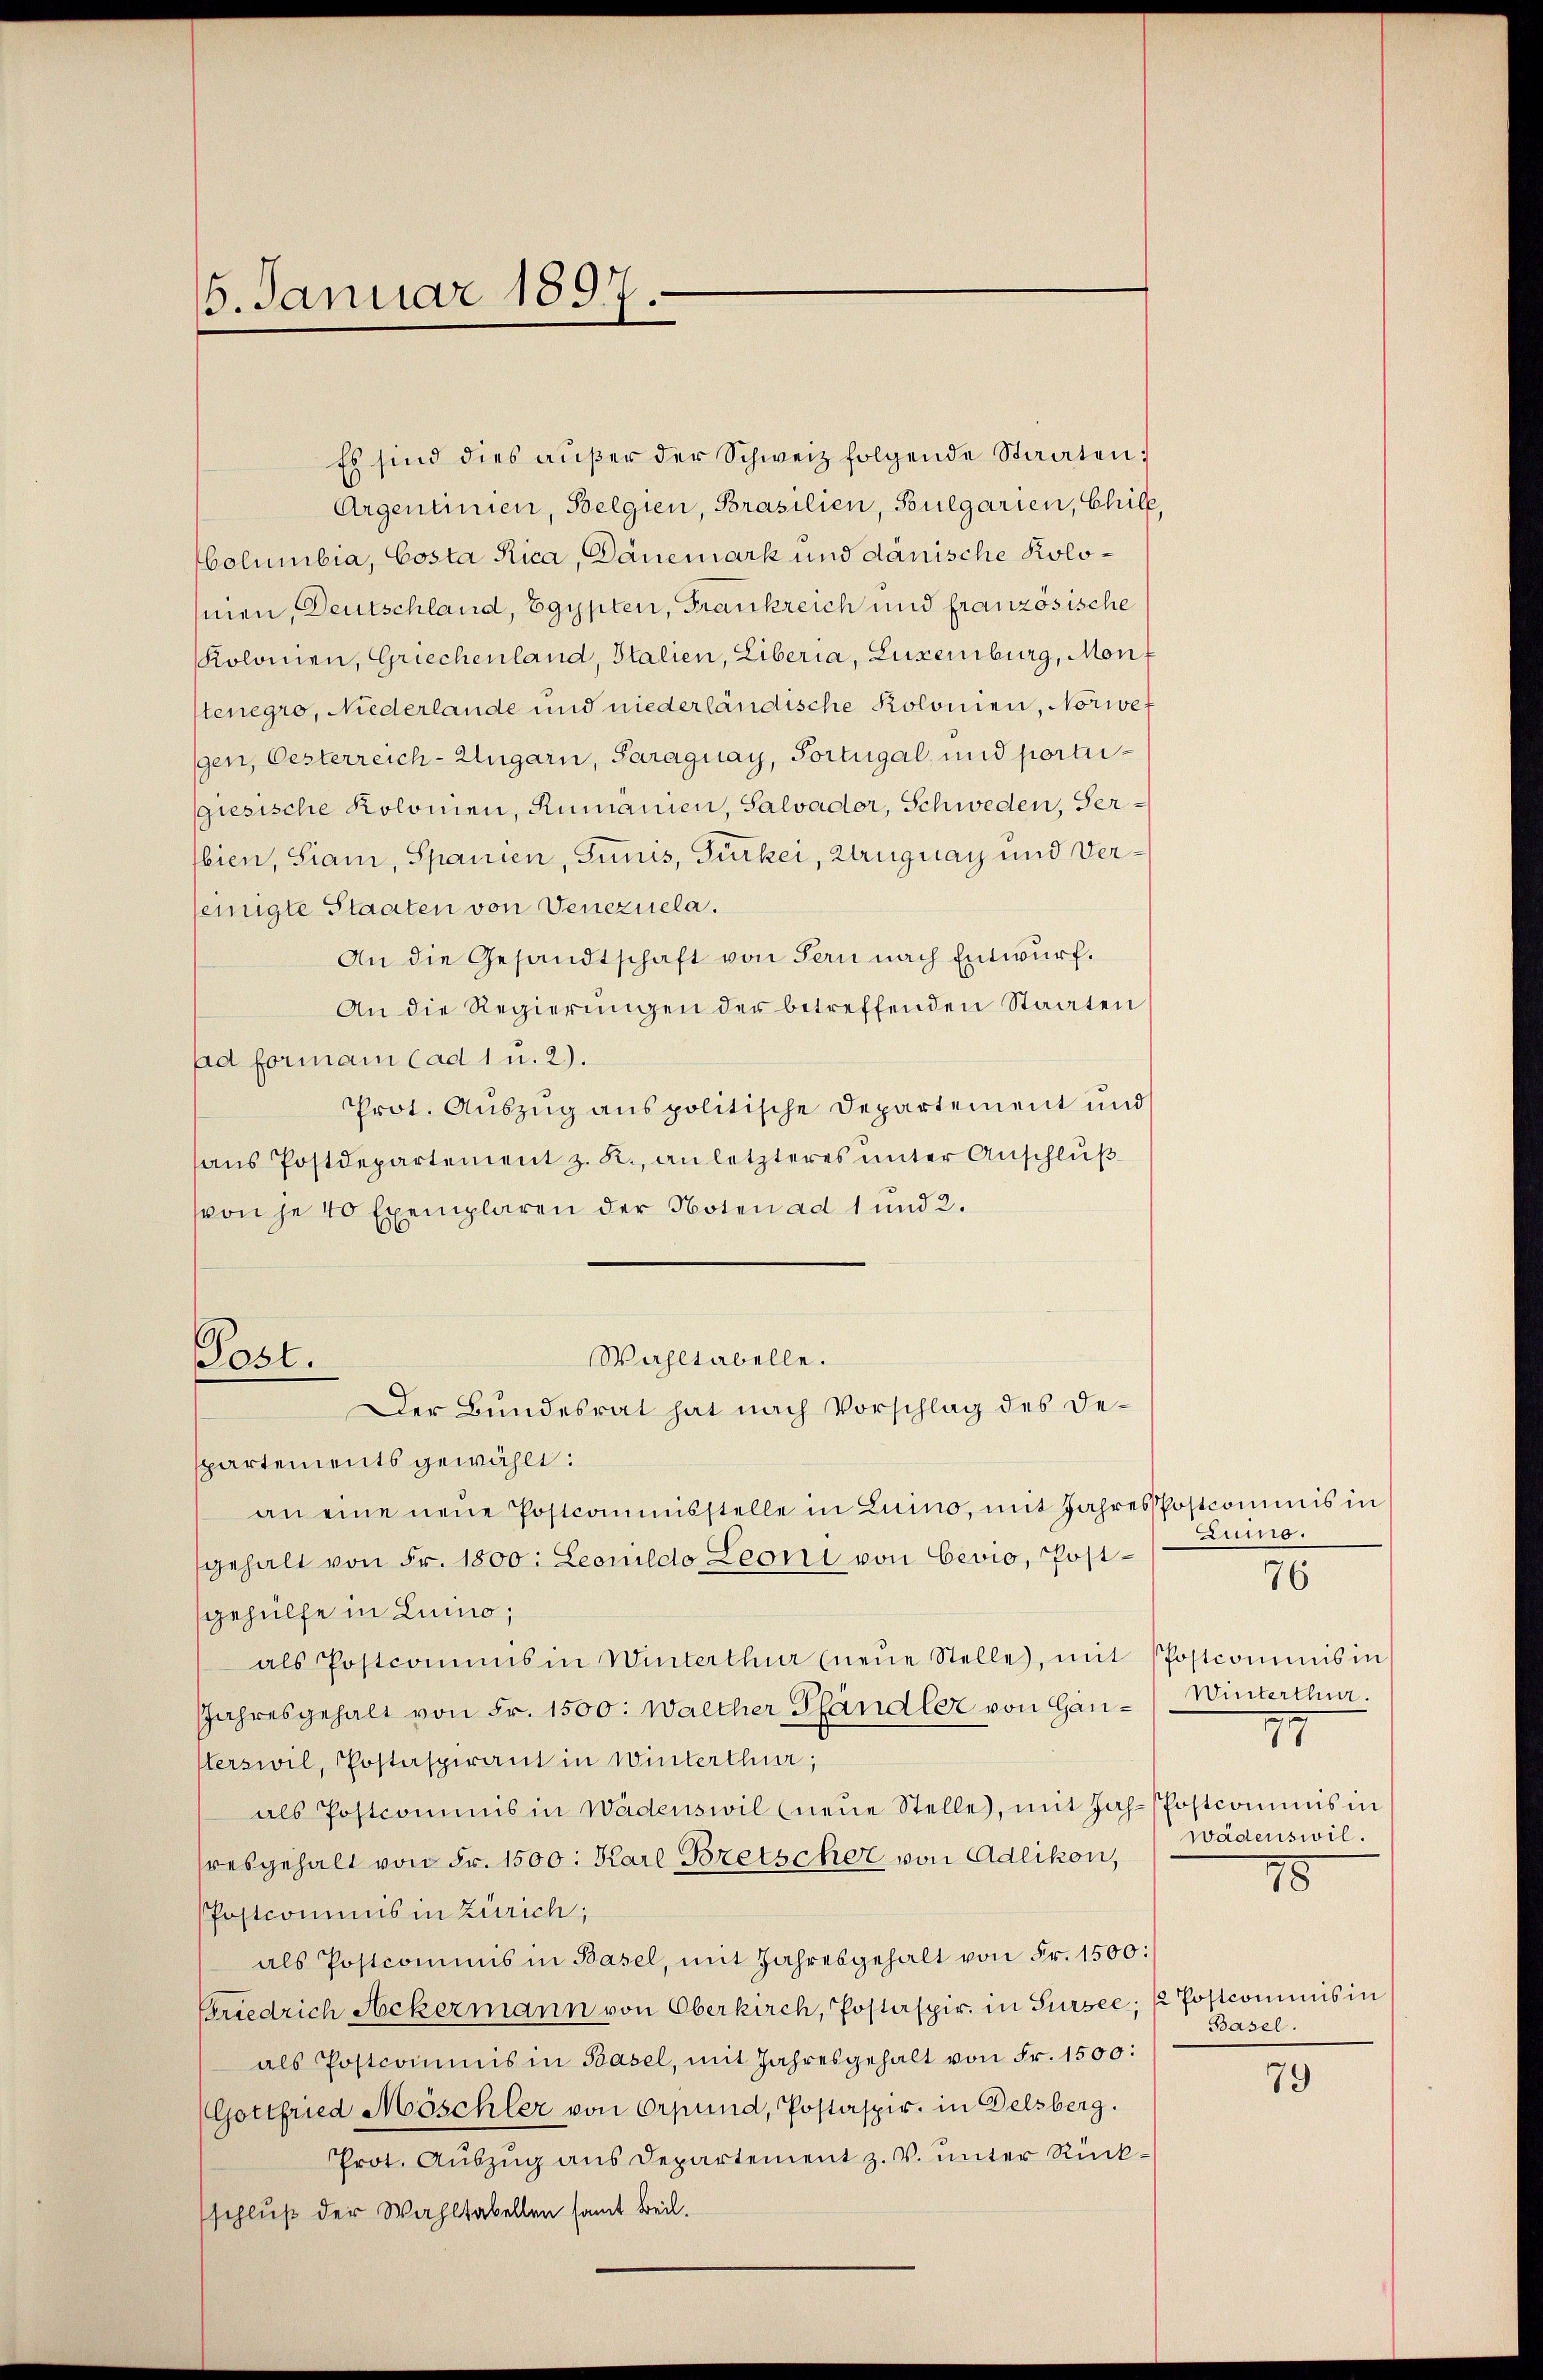
5. Januar 1897.

Es sind dies aŭβer der Schweiz folgende Staaten;
Argenlinien, Belgien, Brasilien, Pulgarien, Chile,
Columbia, Costa Rica, Dänemark und dänische Kolomen, Deutschland, Egypten, Frankreich und französische
Kolonien, Griechenland, Italien, Liberia, Luxenburg, Mont
stenegro, Niederlande und niederländische Kolonien, Norwef
gen, Oesterreich-Ungarn, Saraguay, Portugal, und porti¬
Giesische Kolonien, Rumanien, Salvador, Schweden, Gerbien, Siam, Spanien, Junis, Gurkei, Uruguay und Verseinigte Staaten von Venezuela.
An die Gesandtschaft von Fern nach Entwurf.
An die Regierŭngen der betreffenden Staaten
ad formani (ad 1 u. 2).
Prot. Auszug aus politische Departement und
aus Postdepartement z. R., an letzteres unter Anschluß
von je 40 Exemplaren der Noten ad 1 und 2.
Wahltabelle.
Post.
Der Bundesrat hat nach Vorschlag des Departements gewählt:
an eine neue Postcommisstelle in Luino, mit Jahres Postcommis in
gehalt von Fr. 1800: Leonildo Leoni von Cevio, Postgehülfe in Luino;
als Postcommis in Winterthur (neŭe Stelle, mit Postcommis in
Jahresgehalt von Fr. 1500: Walther Pfändler von Gan- Winterthur.
erswil, Postaspirant in Winterthur;
als Postcommis in Wädenswil neŭe Stelle, mit Jah-Postcommis in
hresgehalt von Fr. 1500. Karl Bretscher von Adlikon,
Postcommis in Zürich;
als Postcommis in Basel, mit Jahresgehalt von Fr. 1500:
Friedrich Ackermann von Oberkirch, Postaspir. in Sursee, ½ Postcommis in
als Postcommis in Basel, mit Jahresgehalt von Fr. 1500:
Gottfried Möschler von Orpund, Postaspir. in Delsberg.
Prot. Auszug aus Departement z. V. unter Rückschluß der Wahltabellen samt Beil.

Luno.
77
wädenswil.

76

78

Basel.

79